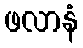
ဖလာနံ